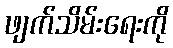
ဖျက်သိမ်းရေးကို